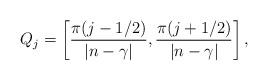
LaTeX: \begin{align*}\ Q_j=\left[\frac{\pi(j-1/2)}{|n-\gamma|},\frac{\pi(j+1/2)}{|n-\gamma|}\right], \end{align*}